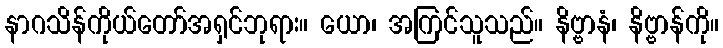
နာဂသိန်ကိုယ်တော်အရှင်ဘုရား။ ယော၊ အကြင်သူသည်။ နိဗ္ဗာနံ၊ နိဗ္ဗာန်ကို။